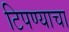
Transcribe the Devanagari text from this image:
टिपण्याचा